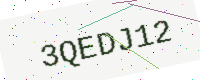
Text: 3QEDJ12